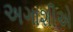
અગાશીએ